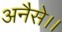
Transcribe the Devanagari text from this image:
अनैसे।।